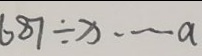
6 8 7 \div x \cdots a